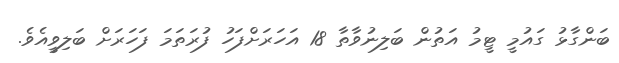
ބަންގާޅު ގައުމީ ޓީމު އަތުން ބަލިނުވާތާ 18 އަހަރަށްފަހު ފުރަތަމަ ފަހަރަށް ބަލިވީއެވެ.